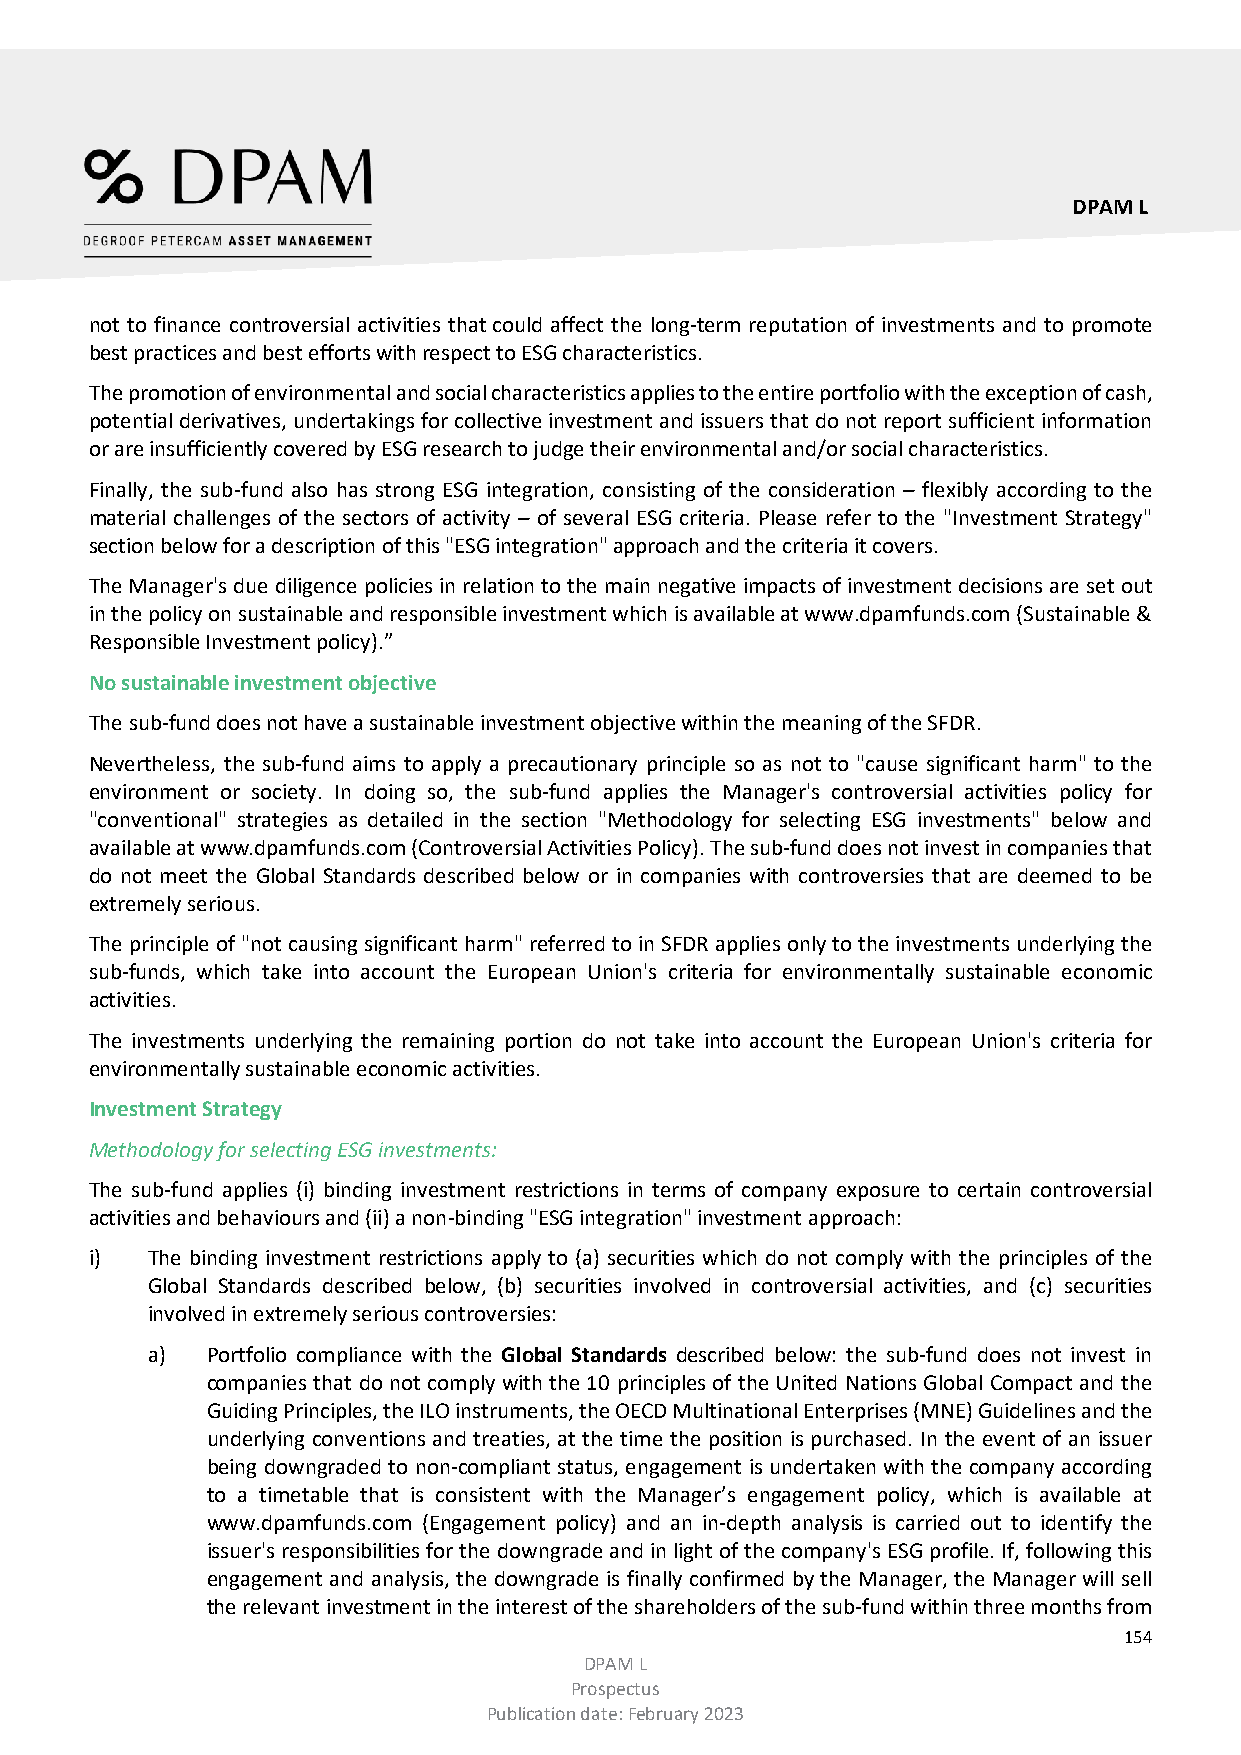
DPAM L
 not to finance controversial activities that could affect the long-term reputation of investments and to promote
 best practices and best efforts with respect to ESG characteristics.
 The promotion of environmental and social characteristics applies to the entire portfolio with the exception of cash,
 potential derivatives, undertakings for collective investment and issuers that do not report sufficient information
 or are insufficiently covered by ESG research to judge their environmental and/or social characteristics.
 Finally, the sub-fund also has strong ESG integration, consisting of the consideration – flexibly according to the
 material challenges of the sectors of activity – of several ESG criteria. Please refer to the "Investment Strategy"
 section below for a description of this "ESG integration" approach and the criteria it covers.
 The Manager's due diligence policies in relation to the main negative impacts of investment decisions are set out
 in the policy on sustainable and responsible investment which is available at www.dpamfunds.com (Sustainable &
 Responsible Investment policy).”
 No sustainable investment objective
 The sub-fund does not have a sustainable investment objective within the meaning of the SFDR.
 Nevertheless, the sub-fund aims to apply a precautionary principle so as not to "cause significant harm" to the
 environment or society. In doing so, the sub-fund applies the Manager's controversial activities policy for
 "conventional" strategies as detailed in the section "Methodology for selecting ESG investments" below and
 available at www.dpamfunds.com (Controversial Activities Policy). The sub-fund does not invest in companies that
 do not meet the Global Standards described below or in companies with controversies that are deemed to be
 extremely serious.
 The principle of "not causing significant harm" referred to in SFDR applies only to the investments underlying the
 sub-funds, which take into account the European Union's criteria for environmentally sustainable economic
 activities.
 The investments underlying the remaining portion do not take into account the European Union's criteria for
 environmentally sustainable economic activities.
 Investment Strategy
 Methodology for selecting ESG investments:
 The sub-fund applies (i) binding investment restrictions in terms of company exposure to certain controversial
 activities and behaviours and (ii) a non-binding "ESG integration" investment approach:
 i)  The binding investment restrictions apply to (a) securities which do not comply with the principles of the
 Global Standards described below, (b) securities involved in controversial activities, and (c) securities
 involved in extremely serious controversies:
 a)  Portfolio compliance with the Global Standards described below: the sub-fund does not invest in
 companies that do not comply with the 10 principles of the United Nations Global Compact and the
 Guiding Principles, the ILO instruments, the OECD Multinational Enterprises (MNE) Guidelines and the
 underlying conventions and treaties, at the time the position is purchased. In the event of an issuer
 being downgraded to non-compliant status, engagement is undertaken with the company according
 to a timetable that is consistent with the Manager’s engagement policy, which is available at
 www.dpamfunds.com (Engagement policy) and an in-depth analysis is carried out to identify the
 issuer's responsibilities for the downgrade and in light of the company's ESG profile. If, following this
 engagement and analysis, the downgrade is finally confirmed by the Manager, the Manager will sell
 the relevant investment in the interest of the shareholders of the sub-fund within three months from
 154
 DPAM L
 Prospectus
 Publication date: February 2023